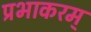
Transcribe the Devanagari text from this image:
प्रभाकरम्